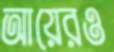
আয়েরও